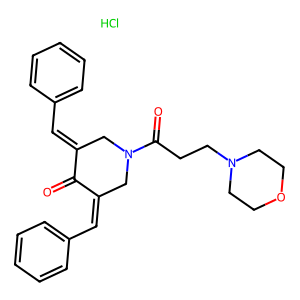
SMILES: Cl.O=C1C(=Cc2ccccc2)CN(C(=O)CCN2CCOCC2)CC1=Cc1ccccc1
Inhibits HIV replication: No